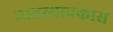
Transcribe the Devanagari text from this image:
व्यवस्थापकास